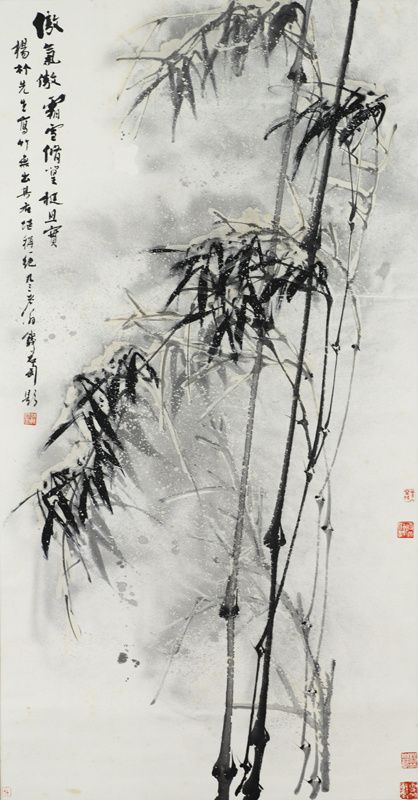
高节志凌云，不敢当滕六。